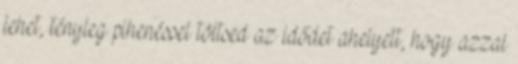
lehet, tényleg pihenéssel töltsed az idődet ahelyett, hogy azzal